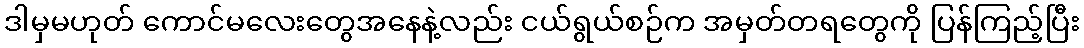
ဒါမှမဟုတ် ကောင်မလေးတွေအနေနဲ့လည်း ငယ်ရွယ်စဉ်က အမှတ်တရတွေကို ပြန်ကြည့်ပြီး